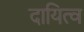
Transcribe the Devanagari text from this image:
दायित्‍व